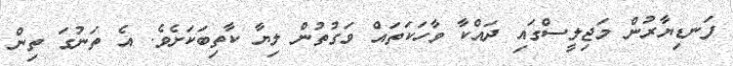
ފަނޑިޔާރުން މަޖިލީސްގައި ދައްކާ ވާހަކަތައް ވަގުތުން ލިޔާ ކާތިބަކަށެވެ. އެ ތަނުގަ ތިން